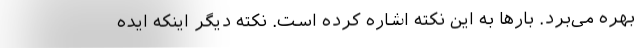
بهره می‌برد. بارها به این نکته اشاره کرده است. نکته دیگر اینکه ایده